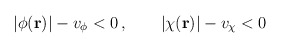
\begin{align*}|\phi({\bf r})|-v_\phi<0\,,\qquad |\chi({\bf r})|-v_\chi<0\end{align*}